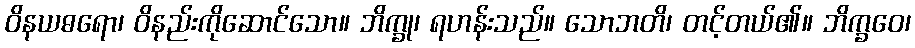
ဝိနယဓရော၊ ဝိနည်းကိုဆောင်သော။ ဘိက္ခု၊ ရဟန်းသည်။ သောဘတိ၊ တင့်တယ်၏။ ဘိက္ခဝေ၊